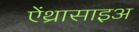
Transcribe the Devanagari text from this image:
ऐंथ्रासाइअ